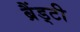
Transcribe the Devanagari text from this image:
ब्रैंड्टी